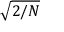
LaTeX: \sqrt { 2 / N }